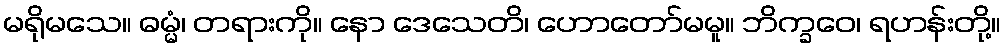
မရိုမသေ။ ဓမ္မံ၊ တရားကို။ နော ဒေသေတိ၊ ဟောတော်မမူ။ ဘိက္ခဝေ၊ ရဟန်းတို့။